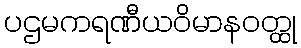
ပဌမကရဏီယဝိမာနဝတ္ထု